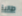
طالبة